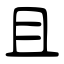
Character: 且